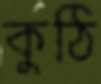
কুঠি